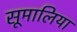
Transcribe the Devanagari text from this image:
सूमालिया